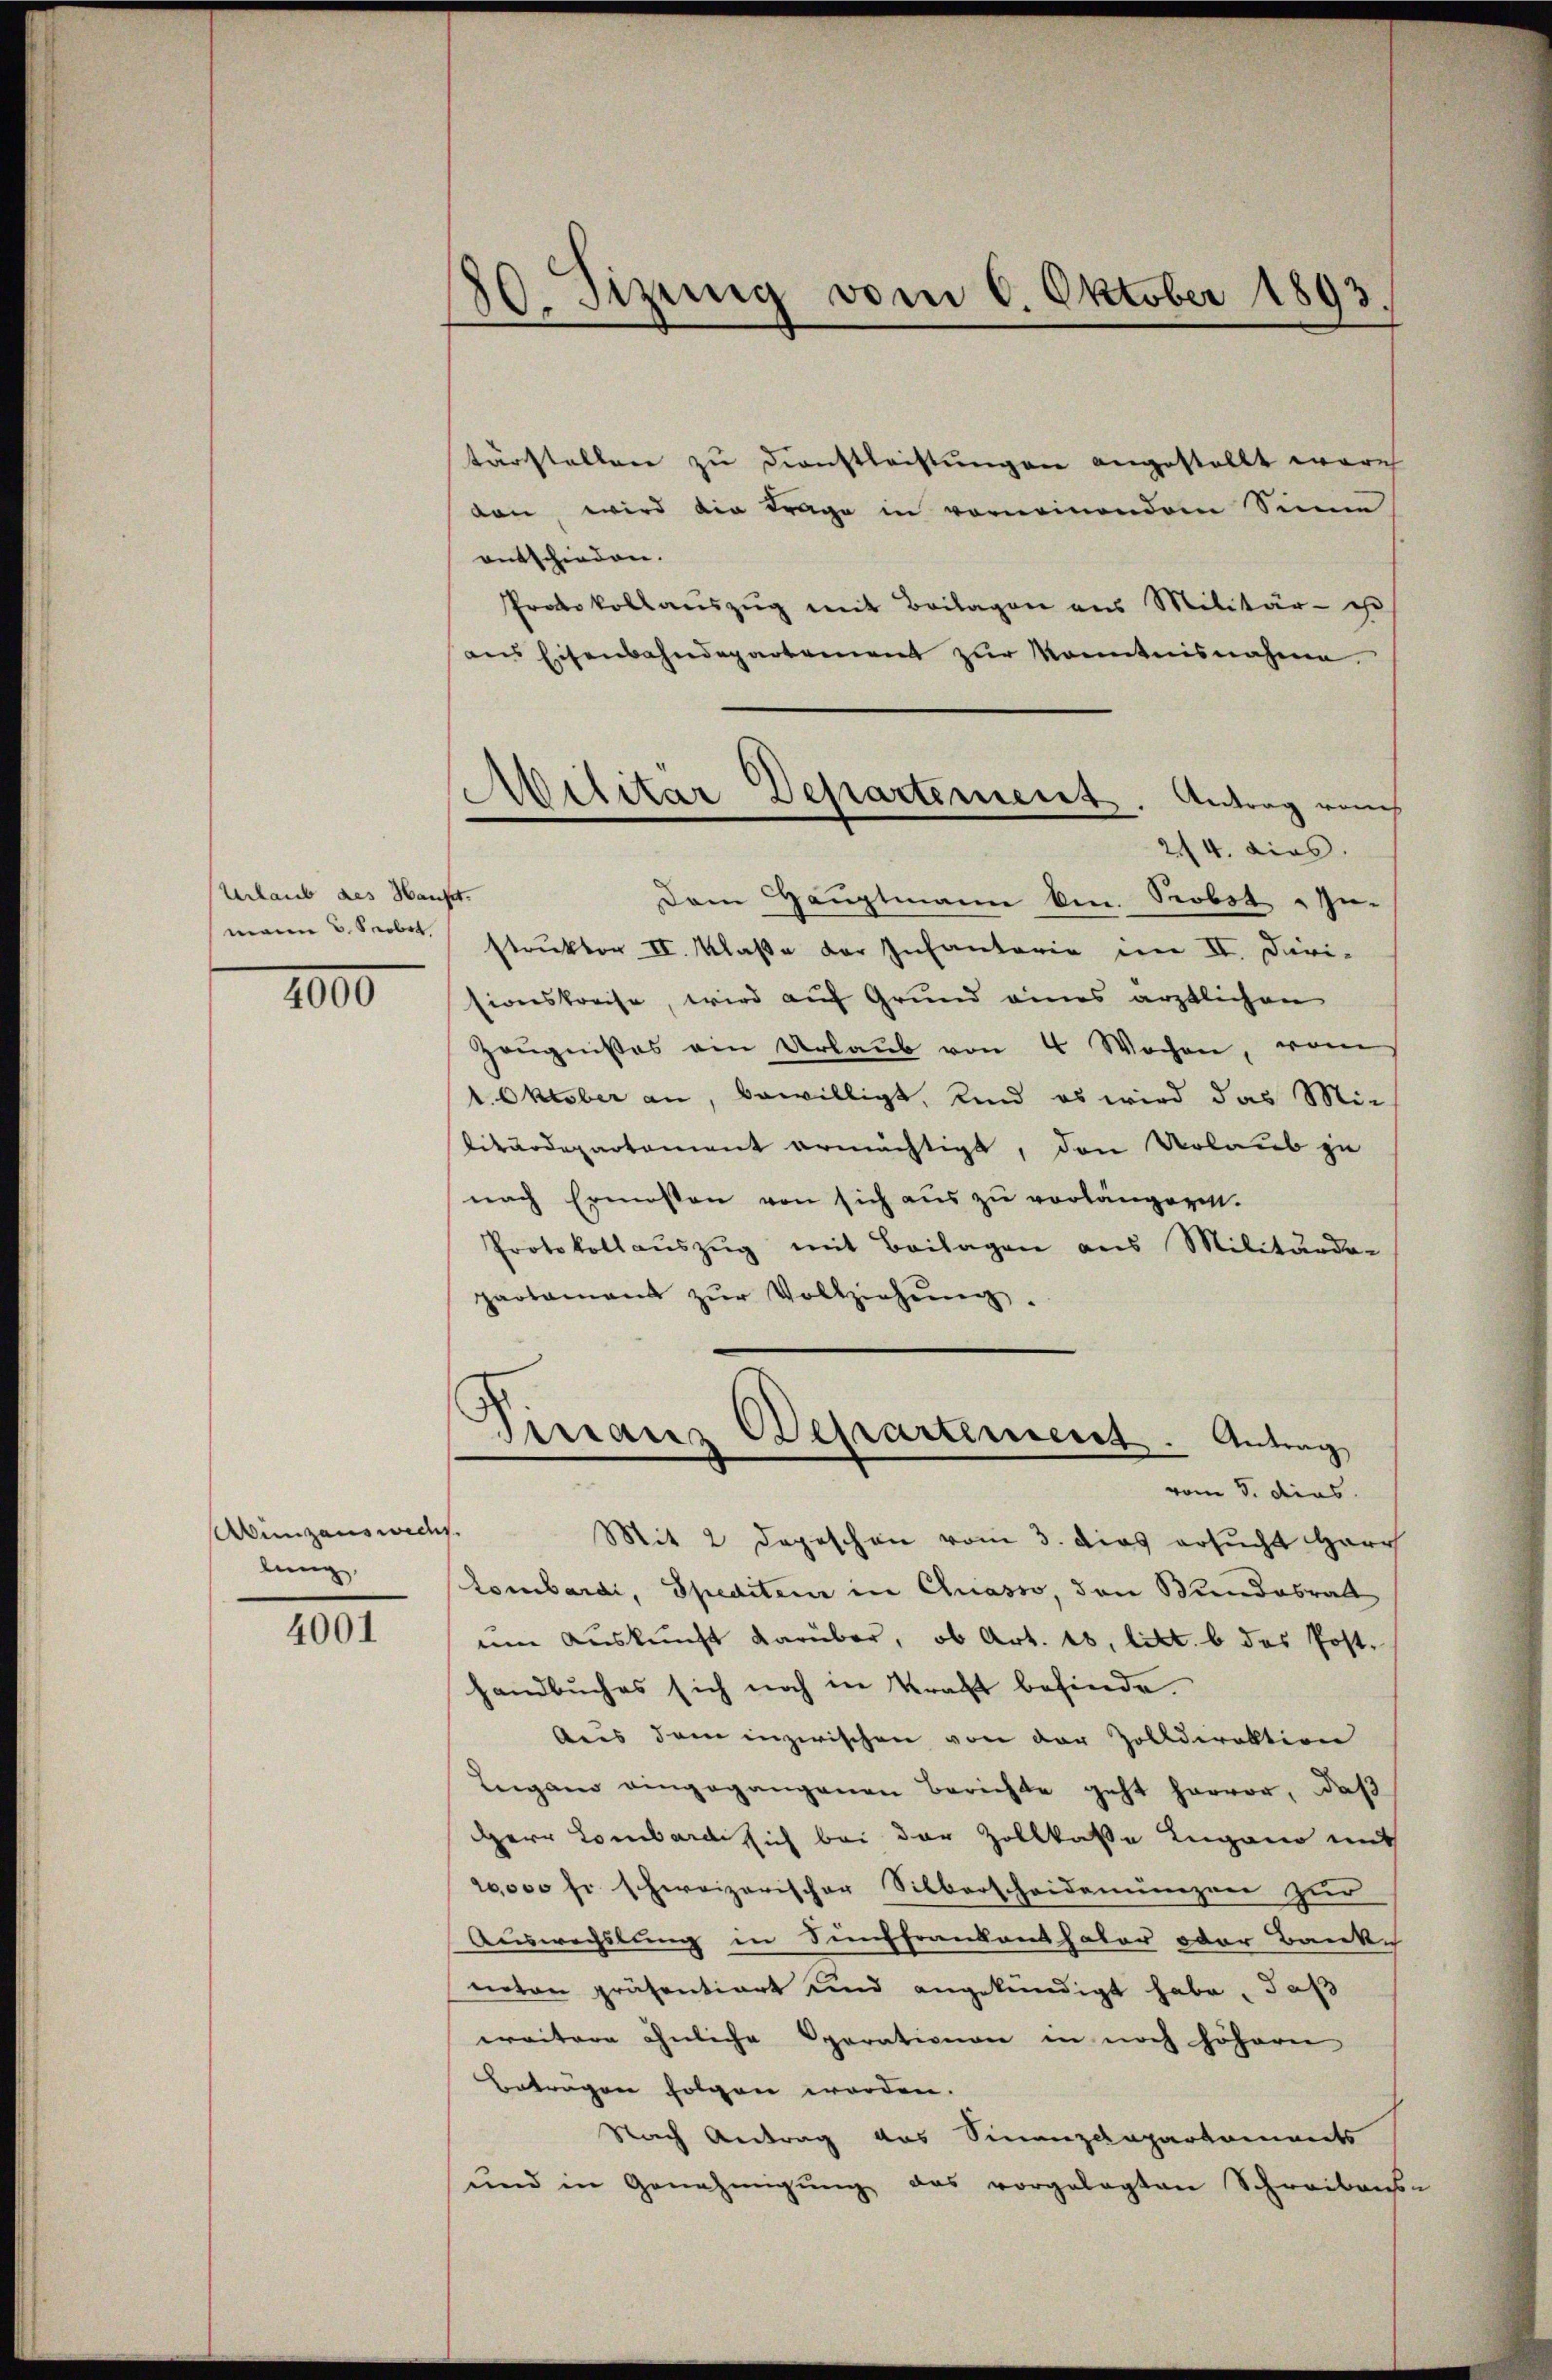
Urlaub des Hause.
merien 3. Seebet

4000

Ainzauswechs
lung,

4001

830. Sizung vom 6. Oktober 1893
.

tärstellen zu Dienstleistungen angestellt ware
von, wird die Frage in vornennendem Sinne
entschieden.
Protokollauszug mit Beilagen aus Militär- ist
aus Eisenbahndepartement zur Monntnisnahme
Dem Hauptmann ken. Probst In-
struktor II. Klaße der Infantaria im II. Diri-
sionskreise, wird auf Grund eines ärztlichen
Zeŭgnisses ein Urlaŭb von 4 Wochen, vom
1. Oktober an, bewilligt, und es wird das Mit-
Vitärdepartement ermächtigt, den Urlaub zu
nach Ermessen von sich aus zu vorlängeren.
Protokollaŭszŭg mit Beilagen aus Militärdo-
partament zŭr Vollziehŭng.
Finanz Departement  ..  Antrag
vom 3. dies
Mit 2 Depeschon vom 3. dies ersucht Herr
Lombardi, Spediteur in Chasso, den Bundesrath
em Auskunft darüber, ob Art. 16, litt. b das Post¬
Handbuches sich noch in Kraft befinde.
Aus dem inzwischen von der Zolldirektion
Leigano eingegangenen Berichte geht hervor, daß
Herr Lombarde sich bei der Zollkasse Lugano mit
20,000 fr schweizerischer Silberscheidenungen zur
Auswechslung in Sinffrankens haber oder Banke
neten präsentiert und angekündigt habe, daß
weitere ähnliche Sparationen in noch höhern
Beträgen folgen worden.
Stach Antrag das Sinanzdepartements
und in Genehmigŭng das vorgelegten Schreibens

Militar Departement. Antrag von
214. dies.